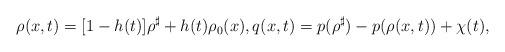
LaTeX: \begin{align*}\begin{aligned}\rho(x,t)=[1-h(t)] \rho^\sharp +h(t)\rho_0(x), q(x,t) = p(\rho^\sharp) - p(\rho(x,t)) + \chi(t)\end{aligned},\end{align*}